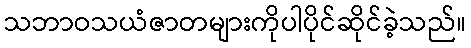
သဘာဝသယံဇာတများကိုပါပိုင်ဆိုင်ခဲ့သည်။